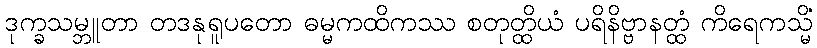
ဒုက္ခသမ္ဘူတာ တဒနုရူပတော ဓမ္မကထိကဿ စတုတ္ထိယံ ပရိနိဗ္ဗာနတ္ထံ ကိရေကသ္မိံ